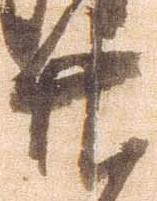
廿